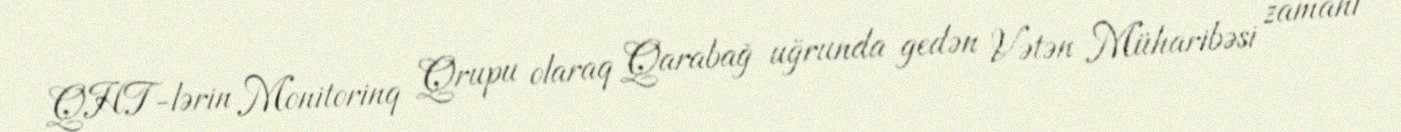
QHT-lərin Monitorinq Qrupu olaraq Qarabağ uğrunda gedən Vətən Müharibəsi zamanı